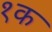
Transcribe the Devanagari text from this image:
१क